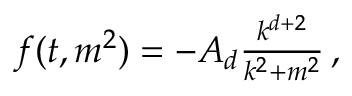
\begin{array} { r } { f ( t , m ^ { 2 } ) = - A _ { d } \frac { k ^ { d + 2 } } { k ^ { 2 } + m ^ { 2 } } \, , } \end{array}